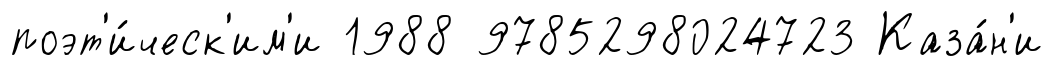
поэт'и́ческ'им'и 1988 9785298024723 Каза́н'и